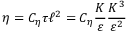
\eta = C _ { \eta } \tau \ell ^ { 2 } = C _ { \eta } \frac { K } { \varepsilon } \frac { K ^ { 3 } } { \varepsilon ^ { 2 } }